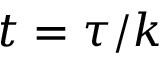
t = \tau / k